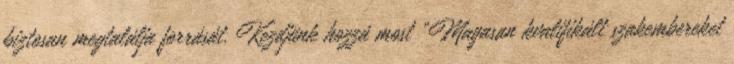
biztosan megtalálja forrását. Kezdjünk hozzá most „Magasan kvalifikált szakembereket